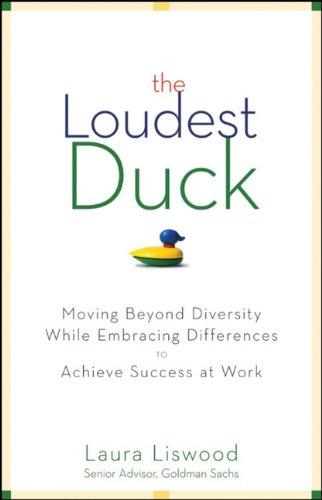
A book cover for The Loudest Duck: Moving Beyond Diversity while Embracing Differences to Achieve Success at Work; Laura A. Liswood; Business & Money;